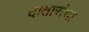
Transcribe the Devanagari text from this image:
दातारांचा